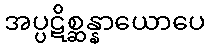
အပ္ပဋိစ္ဆန္နာယောပေ